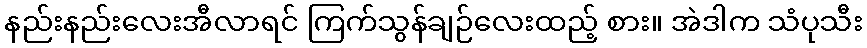
နည်းနည်းလေးအီလာရင် ကြက်သွန်ချဉ်လေးထည့် စား။ အဲဒါက သံပုသီး